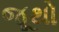
જૂથો